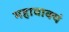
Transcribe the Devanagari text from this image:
महावाक्यं